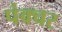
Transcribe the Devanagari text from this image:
पंक्‍चर